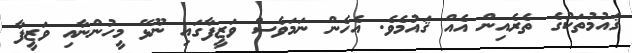
ޤައުމުތަކުގެ ތެރެއިން އެއް ޤައުމެވެ. އެހެން ނަމަވެސް ވަޒީފާގައި ނޫޅޭ މީހުންނާއި ވަޒީފާ